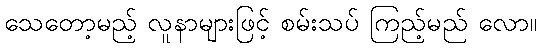
သေတော့မည့် လူနာများဖြင့် စမ်းသပ် ကြည့်မည် လော။